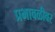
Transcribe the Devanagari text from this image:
प्रभावळीवर